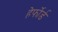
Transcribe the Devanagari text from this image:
हेर्फोर्ड